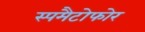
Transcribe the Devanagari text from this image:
स्पमैटोफोर